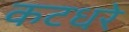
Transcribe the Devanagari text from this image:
कटधरे